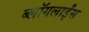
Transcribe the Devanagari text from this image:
ब्लॉगलाईंस